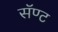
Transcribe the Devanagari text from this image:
सॅण्ट